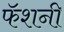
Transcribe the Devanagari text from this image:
फॅशनी